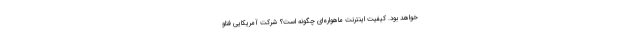
خواهد بود. کیفیت اینترنت ماهواره‌ای چگونه است؟ شرکت آمریکایی فناو